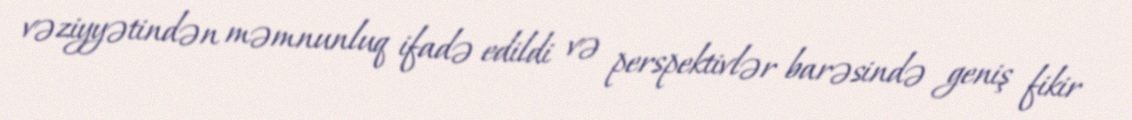
vəziyyətindən məmnunluq ifadə edildi və perspektivlər barəsində geniş fikir